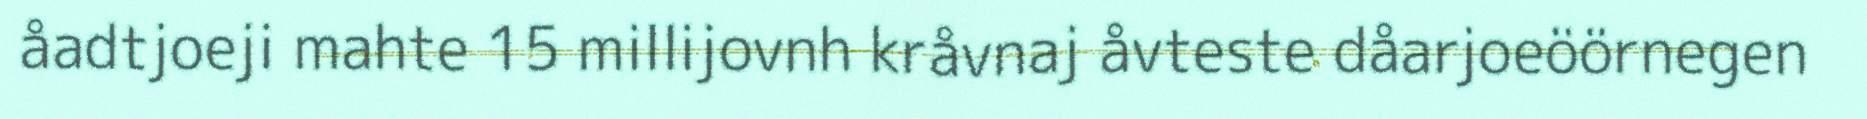
åadtjoeji mahte 15 millijovnh kråvnaj åvteste dåarjoeöörnegen